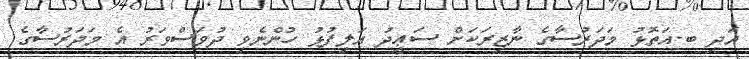
އަދި ބ.އަތޮޅު މަދަރުސާގެ ނާޒިރަކަށް ސަޢީދު ޢަލިފުޅު ހުންނެވި ދުވަސްވަރު އެ މަދަރުސާގެ